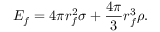
E _ { f } = 4 \pi r _ { f } ^ { 2 } \sigma + { \frac { 4 \pi } { 3 } } r _ { f } ^ { 3 } \rho .